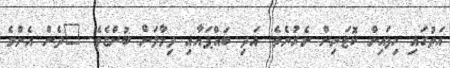
އަތުގައި ހިފައިން ކޮޓަރިން ނެރުނެވެ. އަދި ބައްޕައާއި ދިމާލަށް ބުންޏެވެ. "ދެން އެންމެ